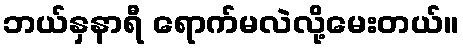
ဘယ်နှနာရီ ရောက်မလဲလို့မေးတယ်။